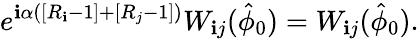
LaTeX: e^{\mathbf{i}\alpha\left(\left[R_{\mathbf{i}}-1\right]+\left[R_{j}-1\right]\right)}W_{\mathbf{i}j}(\hat{{\phi}}_{0})=W_{\mathbf{i}j}(\hat{{\phi}}_{0}).